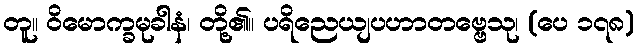
တူ။ ဝိမောက္ခမုခါနံ၊ တို့၏။ ပရိညေယျပဟာတဗ္ဗေသု၊ (ပေ ၁၇၈)